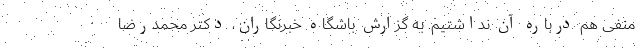
منفی هم درباره آن نداشتیم. به گزارش باشگاه خبرنگاران، دکتر محمدرضا